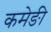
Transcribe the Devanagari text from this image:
कमेङी